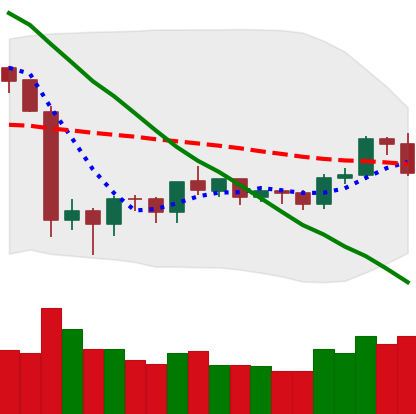
Ticker: ETH-USD
Chart end date: 2019-10-11
Forward return: -3.591%
Label: down_3_5